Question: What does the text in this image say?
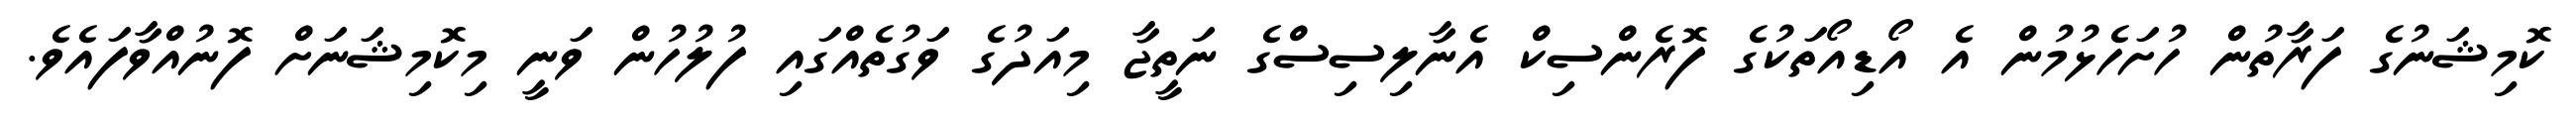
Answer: ކޮމިޝަނުގެ ފަރާތުން ހުށަހެޅުމުން އެ އޯޑިއޯތަކުގެ ފޮރެންސިކް އެނާލިސިސްގެ ނަތީޖާ މިއަދުގެ ވަގުތެއްގައި ފުލުހުން ވަނީ މިކޮމިޝަނަށް ފޮނުއްވާފައެވެ.